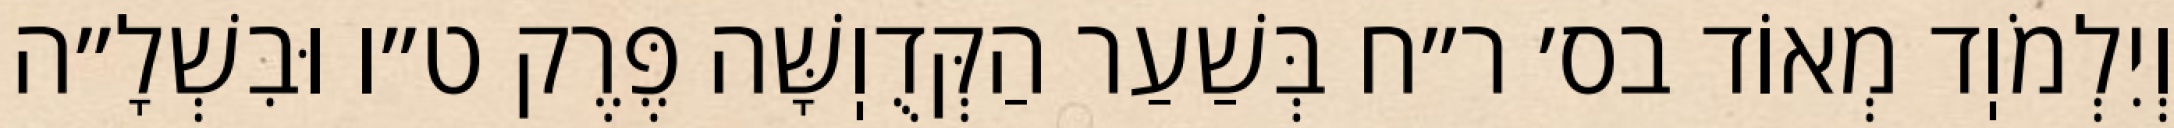
וְיִלְמֹוֽד מְאוֹד בס׳ ר״ח בְּשַׁעַר הַקְּדֻוֽשָּׁה פֶּרֶק ט״ו וּבִשְׁלָ״ה